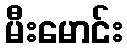
မီးမောင်း